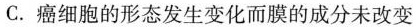
C.癌细胞的形态发生变化而膜的成分未改变